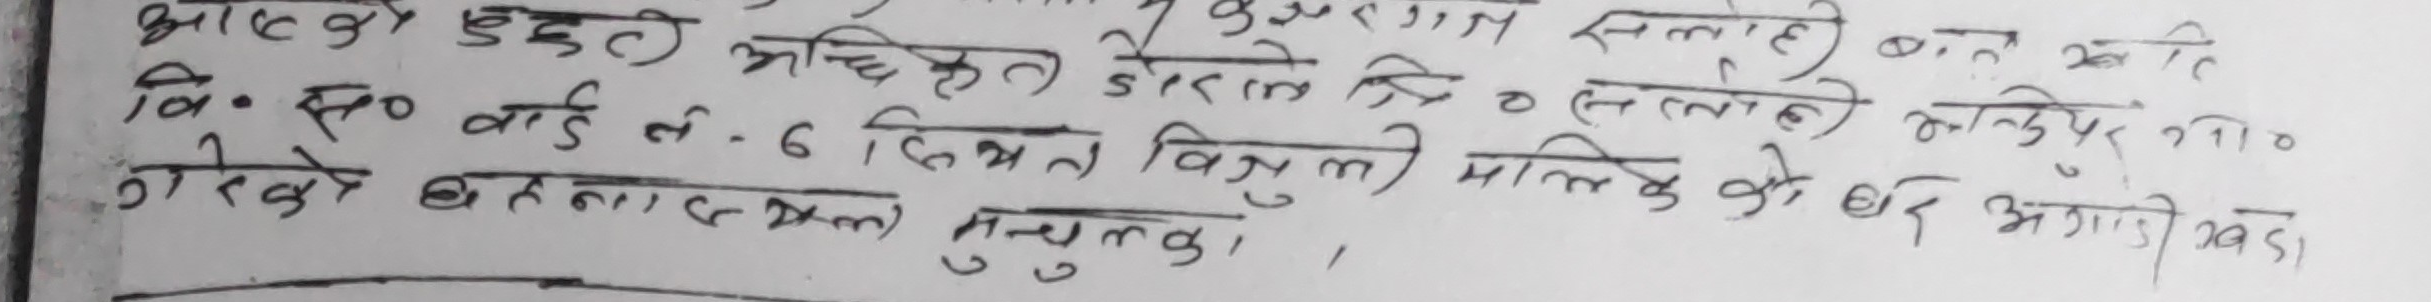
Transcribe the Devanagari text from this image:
आएको छुट्टै अधिकृत डँराल वि० ले० चलाही बनेको ति
वि० से० वार्ड नं. 6 हिम्मत बिश्नु मालिक को घर अगाडी खडा
गरिएको बक्यौना रकम बुझुल्का।